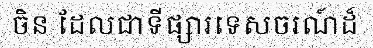
ចិន ដែលជាទីផ្សារទេសចរណ៍ដ៏